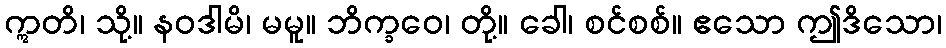
ဣတိ၊ သို့။ နဝဒါမိ၊ မမူ။ ဘိက္ခဝေ၊ တို့။ ခေါ၊ စင်စစ်။ ဧသော ဤဒိသော၊